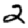
Digit: 2